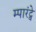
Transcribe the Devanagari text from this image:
म्पारंट्वे